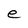
Character: e